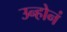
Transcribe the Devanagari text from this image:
उन्होनं